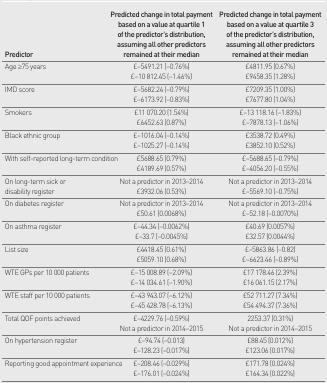
<table><thead><tr><td><b>Predictor</b></td><td><b>Predicted change in total payment based on a value at quartile 1 of the predictor’s distribution, assuming all other predictors remained at their median</b></td><td><b>Predicted change in total payment based on a value at quartile 3 of the predictor’s distribution, assuming all other predictors remained at their median</b></td></tr></thead><tbody><tr><td rowspan="2">Age ≥75 years</td><td>£–5491.21 (−0.76%)</td><td>£4811.95 (0.67%)</td></tr><tr><td>£–10 812.45 (−1.46%)</td><td>£9458.35 (1.28%)</td></tr><tr><td rowspan="2">IMD score</td><td>£–5682.24 (−0.79%)</td><td>£7209.35 (1.00%)</td></tr><tr><td>£–6173.92 (−0.83%)</td><td>£7677.80 (1.04%)</td></tr><tr><td rowspan="2">Smokers</td><td>£11 070.20 (1.54%)</td><td>£–13 118.16 (−1.83%)</td></tr><tr><td>£6452.63 (0.87%)</td><td>£–7878.13 (−1.06%)</td></tr><tr><td rowspan="2">Black ethnic group</td><td>£–1016.04 (−0.14%)</td><td>£3538.72 (0.49%)</td></tr><tr><td>£–1025.27 (−0.14%)</td><td>£3852.10 (0.52%)</td></tr><tr><td rowspan="2">With self-reported long-term condition</td><td>£5688.65 (0.79%)</td><td>£–5688.65 (−0.79%)</td></tr><tr><td>£4189.69 (0.57%)</td><td>£–4056.20 (−0.55%)</td></tr><tr><td rowspan="2">On long-term sick or disability register</td><td>Not a predictor in 2013–2014</td><td>Not a predictor in 2013–2014</td></tr><tr><td>£3932.06 (0.53%)</td><td>£–5569.10 (−0.75%)</td></tr><tr><td rowspan="2">On diabetes register</td><td>Not a predictor in 2013–2014</td><td>Not a predictor in 2013–2014</td></tr><tr><td>£50.61 (0.0068%)</td><td>£–52.18 (−0.0070%)</td></tr><tr><td rowspan="2">On asthma register</td><td>£–44.34 (−0.0062%)</td><td>£40.69 (0.0057%)</td></tr><tr><td>£–33.7 (−0.0045%)</td><td>£32.57 (0.0044%)</td></tr><tr><td rowspan="2">List size</td><td>£4418.45 (0.61%)</td><td>£–5863.86 (−0.82)</td></tr><tr><td>£5059.10 (0.68%)</td><td>£–6623.46 (−0.89%)</td></tr><tr><td rowspan="2">WTE GPs per 10 000 patients</td><td>£–15 008.89 (−2.09%)</td><td>£17 178.46 (2.39%)</td></tr><tr><td>£–14 034.61 (−1.90%)</td><td>£16 061.15 (2.17%)</td></tr><tr><td rowspan="2">WTE staff per 10 000 patients</td><td>£–43 943.07 (−6.12%)</td><td>£52 711.27 (7.34%)</td></tr><tr><td>£–45 428.78 (−6.13%)</td><td>£54 494.37 (7.36%)</td></tr><tr><td rowspan="2">Total QOF points achieved</td><td>£–4229.76 (−0.59%)</td><td>2253.37 (0.31%)</td></tr><tr><td>Not a predictor in 2014–2015</td><td>Not a predictor in 2014–2015</td></tr><tr><td rowspan="2">On hypertension register</td><td>£–94.74 (−0.013)</td><td>£88.45 (0.012%)</td></tr><tr><td>£–128.23 (−0.017%)</td><td>£123.06 (0.017%)</td></tr><tr><td rowspan="2">Reporting good appointment experience</td><td>£–208.46 (−0.029%)</td><td>£171.78 (0.024%)</td></tr><tr><td>£–176.01 (−0.024%)</td><td>£164.34 (0.022%)</td></tr></tbody></table>